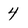
Character: 4